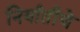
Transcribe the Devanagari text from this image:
निर्यातीचे